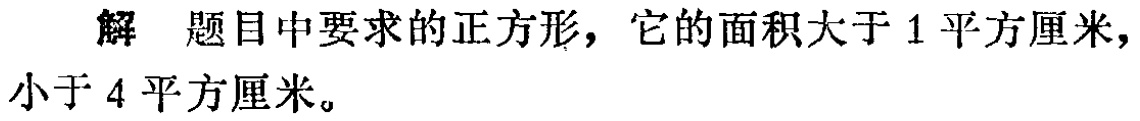
解 题目中要求的正方形，它的面积大于 \(1\) 平方厘米，小于 \(4\) 平方厘米。